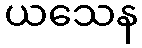
ယသေန